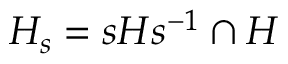
H _ { s } = s H s ^ { - 1 } \cap H